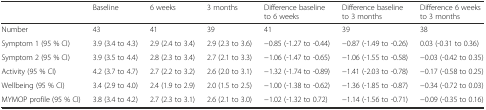
|  | Baseline | 6 weeks | 3 months | Difference baseline to 6 weeks | Difference baseline to 3 months | Difference 6 weeks to 3 months |
 | --- | --- | --- | --- | --- | --- | --- |
 | Number | 43 | 41 | 39 | 41 | 39 | 38 |
 | Symptom 1 (95 % CI) | 3.9 (3.4 to 4.3) | 2.9 (2.4 to 3.4) | 2.9 (2.3 to 3.6) | −0.85 (-1.27 to -0.44) | −0.87 (-1.49 to -0.26) | 0.03 (-0.31 to 0.36) |
 | Symptom 2 (95 % CI) | 3.9 (3.5 to 4.4) | 2.8 (2.3 to 3.4) | 2.7 (2.1 to 3.3) | −1.06 (-1.47 to -0.65) | −1.06 (-1.55 to -0.58) | −0.03 (-0.42 to 0.35) |
 | Activity (95 % CI) | 4.2 (3.7 to 4.7) | 2.7 (2.2 to 3.2) | 2.6 (2.0 to 3.1) | −1.32 (-1.74 to -0.89) | −1.41 (-2.03 to -0.78) | −0.17 (-0.58 to 0.25) |
 | Wellbeing (95 % CI) | 3.4 (2.9 to 4.0) | 2.4 (1.9 to 2.9) | 2.0 (1.5 to 2.5) | −1.00 (-1.38 to -0.62) | −1.36 (-1.85 to -0.87) | −0.34 (-0.72 to 0.03) |
 | MYMOP profile (95 % CI) | 3.8 (3.4 to 4.2) | 2.7 (2.3 to 3.1) | 2.6 (2.1 to 3.0) | −1.02 (-1.32 to 0.72) | −1.14 (-1.56 to -0.71) | −0.09 (-0.35 to 0.16) |